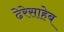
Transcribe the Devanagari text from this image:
ढेरेसाहेब